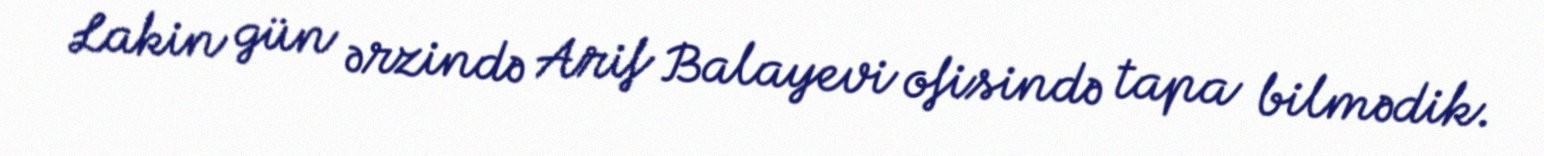
Lakin gün ərzində Arif Balayevi ofisində tapa bilmədik.